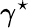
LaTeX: \gamma^{\star}